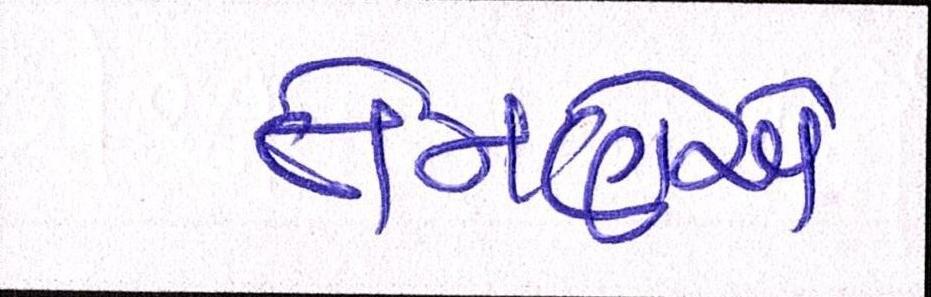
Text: તેમણએ